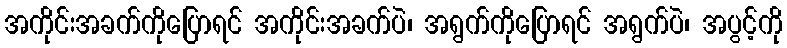
အကိုင်းအခက်ကိုပြောရင် အကိုင်းအခက်ပဲ၊ အရွက်ကိုပြောရင် အရွက်ပဲ၊ အပွင့်ကို